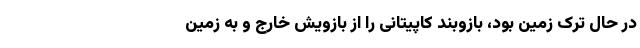
در حال ترک زمین بود، بازوبند کاپیتانی را از بازویش خارج و به زمین